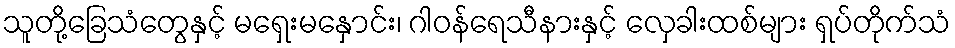
သူတို့ခြေသံတွေနှင့် မရှေးမနှောင်း၊ ဂါဝန်ရေသီနားနှင့် လှေခါးထစ်များ ရှပ်တိုက်သံ